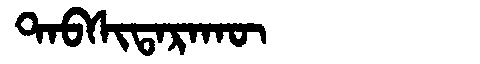
Manchu: ᡨᠠᠪᠰᡳᡨᠠᡵᠠᡴᡡ
Romanization: TABSITARAKŪ